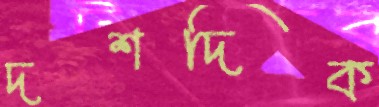
দশদিক